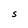
Character: S